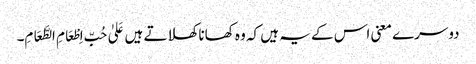
دوسرے معنی اس کے یہ ہیں کہ وہ کھانا کھلاتے ہیں عَلیٰ حُبِّ اِطْعَامِ الطَّعَامِ۔